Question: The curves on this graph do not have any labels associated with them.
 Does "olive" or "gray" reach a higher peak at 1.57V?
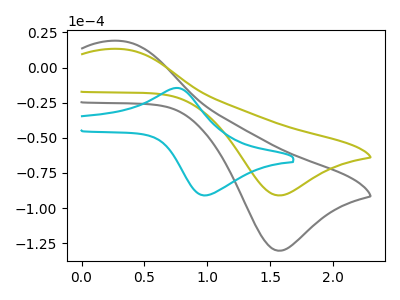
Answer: <think>The gray curve "gray" has an anodic peak at (0.30V, 18.95uA) and a cathodic peak at (1.55V, -130.45uA). The olive curve "olive" has an anodic peak at (0.30V, 13.25uA) and a cathodic peak at (1.55V, -91.05uA). The cyan curve "cyan" has an anodic peak at (0.75V, -14.55uA) and a cathodic peak at (1.00V, -91.00uA).</think>
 <answer>The peak at 1.57V is lower in "olive" than in "gray".</answer>
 <eval>lower</eval>